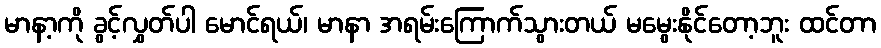
မာနာ့ကို ခွင့်လွှတ်ပါ မောင်ရယ်၊ မာနာ အရမ်းကြောက်သွားတယ် မမွေးနိုင်တော့ဘူး ထင်တာ